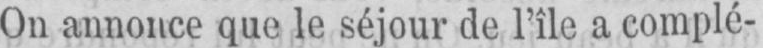
On annonce que le séjour de l’île a complè-